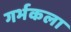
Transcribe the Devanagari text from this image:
गर्भकला